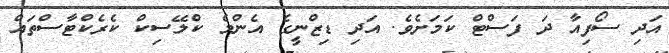
އަދި ސޯފިއާ ދަ ފަސްޓް ކަމަށެވެ. އަދި ޑިޒްނީގެ އެންމެ ކްލޭސިކް ކެރެކްޓާސްތައް